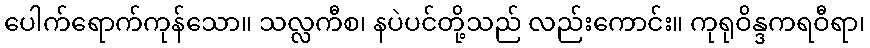
ပေါက်ရောက်ကုန်သော။ သလ္လကီစ၊ နပဲပင်တို့သည် လည်းကောင်း။ ကုရုဝိန္ဒကရဝီရာ၊